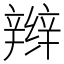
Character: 辫